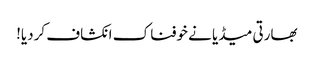
بھارتی میڈیا نے خوفناک انکشاف کردیا!